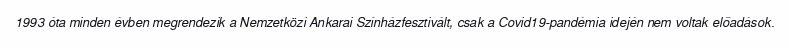
1993 óta minden évben megrendezik a Nemzetközi Ankarai Színházfesztivált, csak a Covid19-pandémia idején nem voltak előadások.